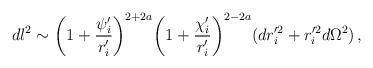
LaTeX: \begin{align*}dl^{2}\sim \biggl (1+\frac{\psi_{i}^{\prime}}{r_{i}^{\prime}}\biggr )^{2+2a}\biggl (1 +\frac{\chi_{i}^{\prime}}{r_{i}^{\prime}} \biggr )^{2-2a}(dr_{i}^{\prime 2} +r_{i}^{\prime 2}d\Omega^{2})\, ,\end{align*}